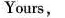
Yours，Lin Tao